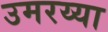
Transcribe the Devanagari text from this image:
उमरय्या